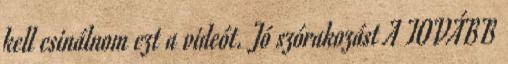
kell csinálnom ezt a videót. Jó szórakozást A TOVÁBB